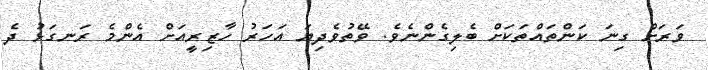
ވަރަށް ގިނަ ކަންތައްތަކަށް ބެލިގެންނެވެ. ވޭތުވެދިޔަ އަހަރު ހާޒިރީއަށް އެންމެ ރަނގަޅު ދެ